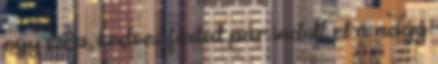
egy szép, kedves fiatal pár indult el a nagy